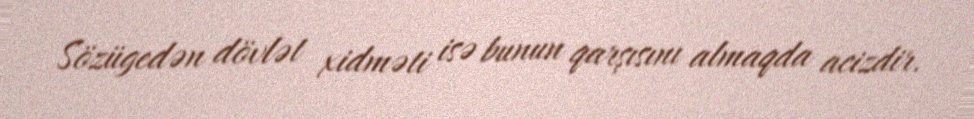
Sözügedən dövlət xidməti isə bunun qarşısını almaqda acizdir.